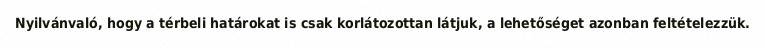
Nyilvánvaló, hogy a térbeli határokat is csak korlátozottan látjuk, a lehetőséget azonban feltételezzük.